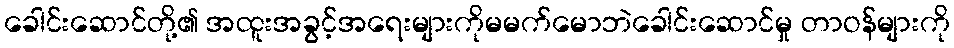
ခေါင်းဆောင်တို့၏ အထူးအခွင့်အရေးများကိုမမက်မောဘဲခေါင်းဆောင်မှု တာဝန်များကို